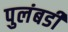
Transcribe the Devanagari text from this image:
पुलंबडी